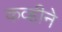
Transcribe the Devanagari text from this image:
कव्हीने